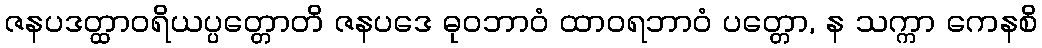
ဇနပဒတ္ထာဝရိယပ္ပတ္တောတိ ဇနပဒေ ဓုဝဘာဝံ ထာဝရဘာဝံ ပတ္တော, န သက္ကာ ကေနစိ